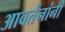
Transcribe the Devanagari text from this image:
आवर्तनांनी